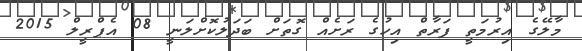
މާލޭގެ އިރުމަތީ ފަރާތް އިހުގެ ރަށެއް ގޮތަށް ބަދަލުކޮށްލަނީ 08 އެޕްރީލް 2015